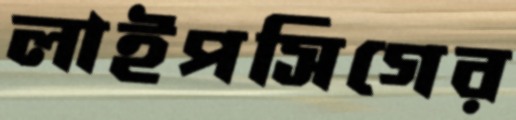
লাইপসিগের